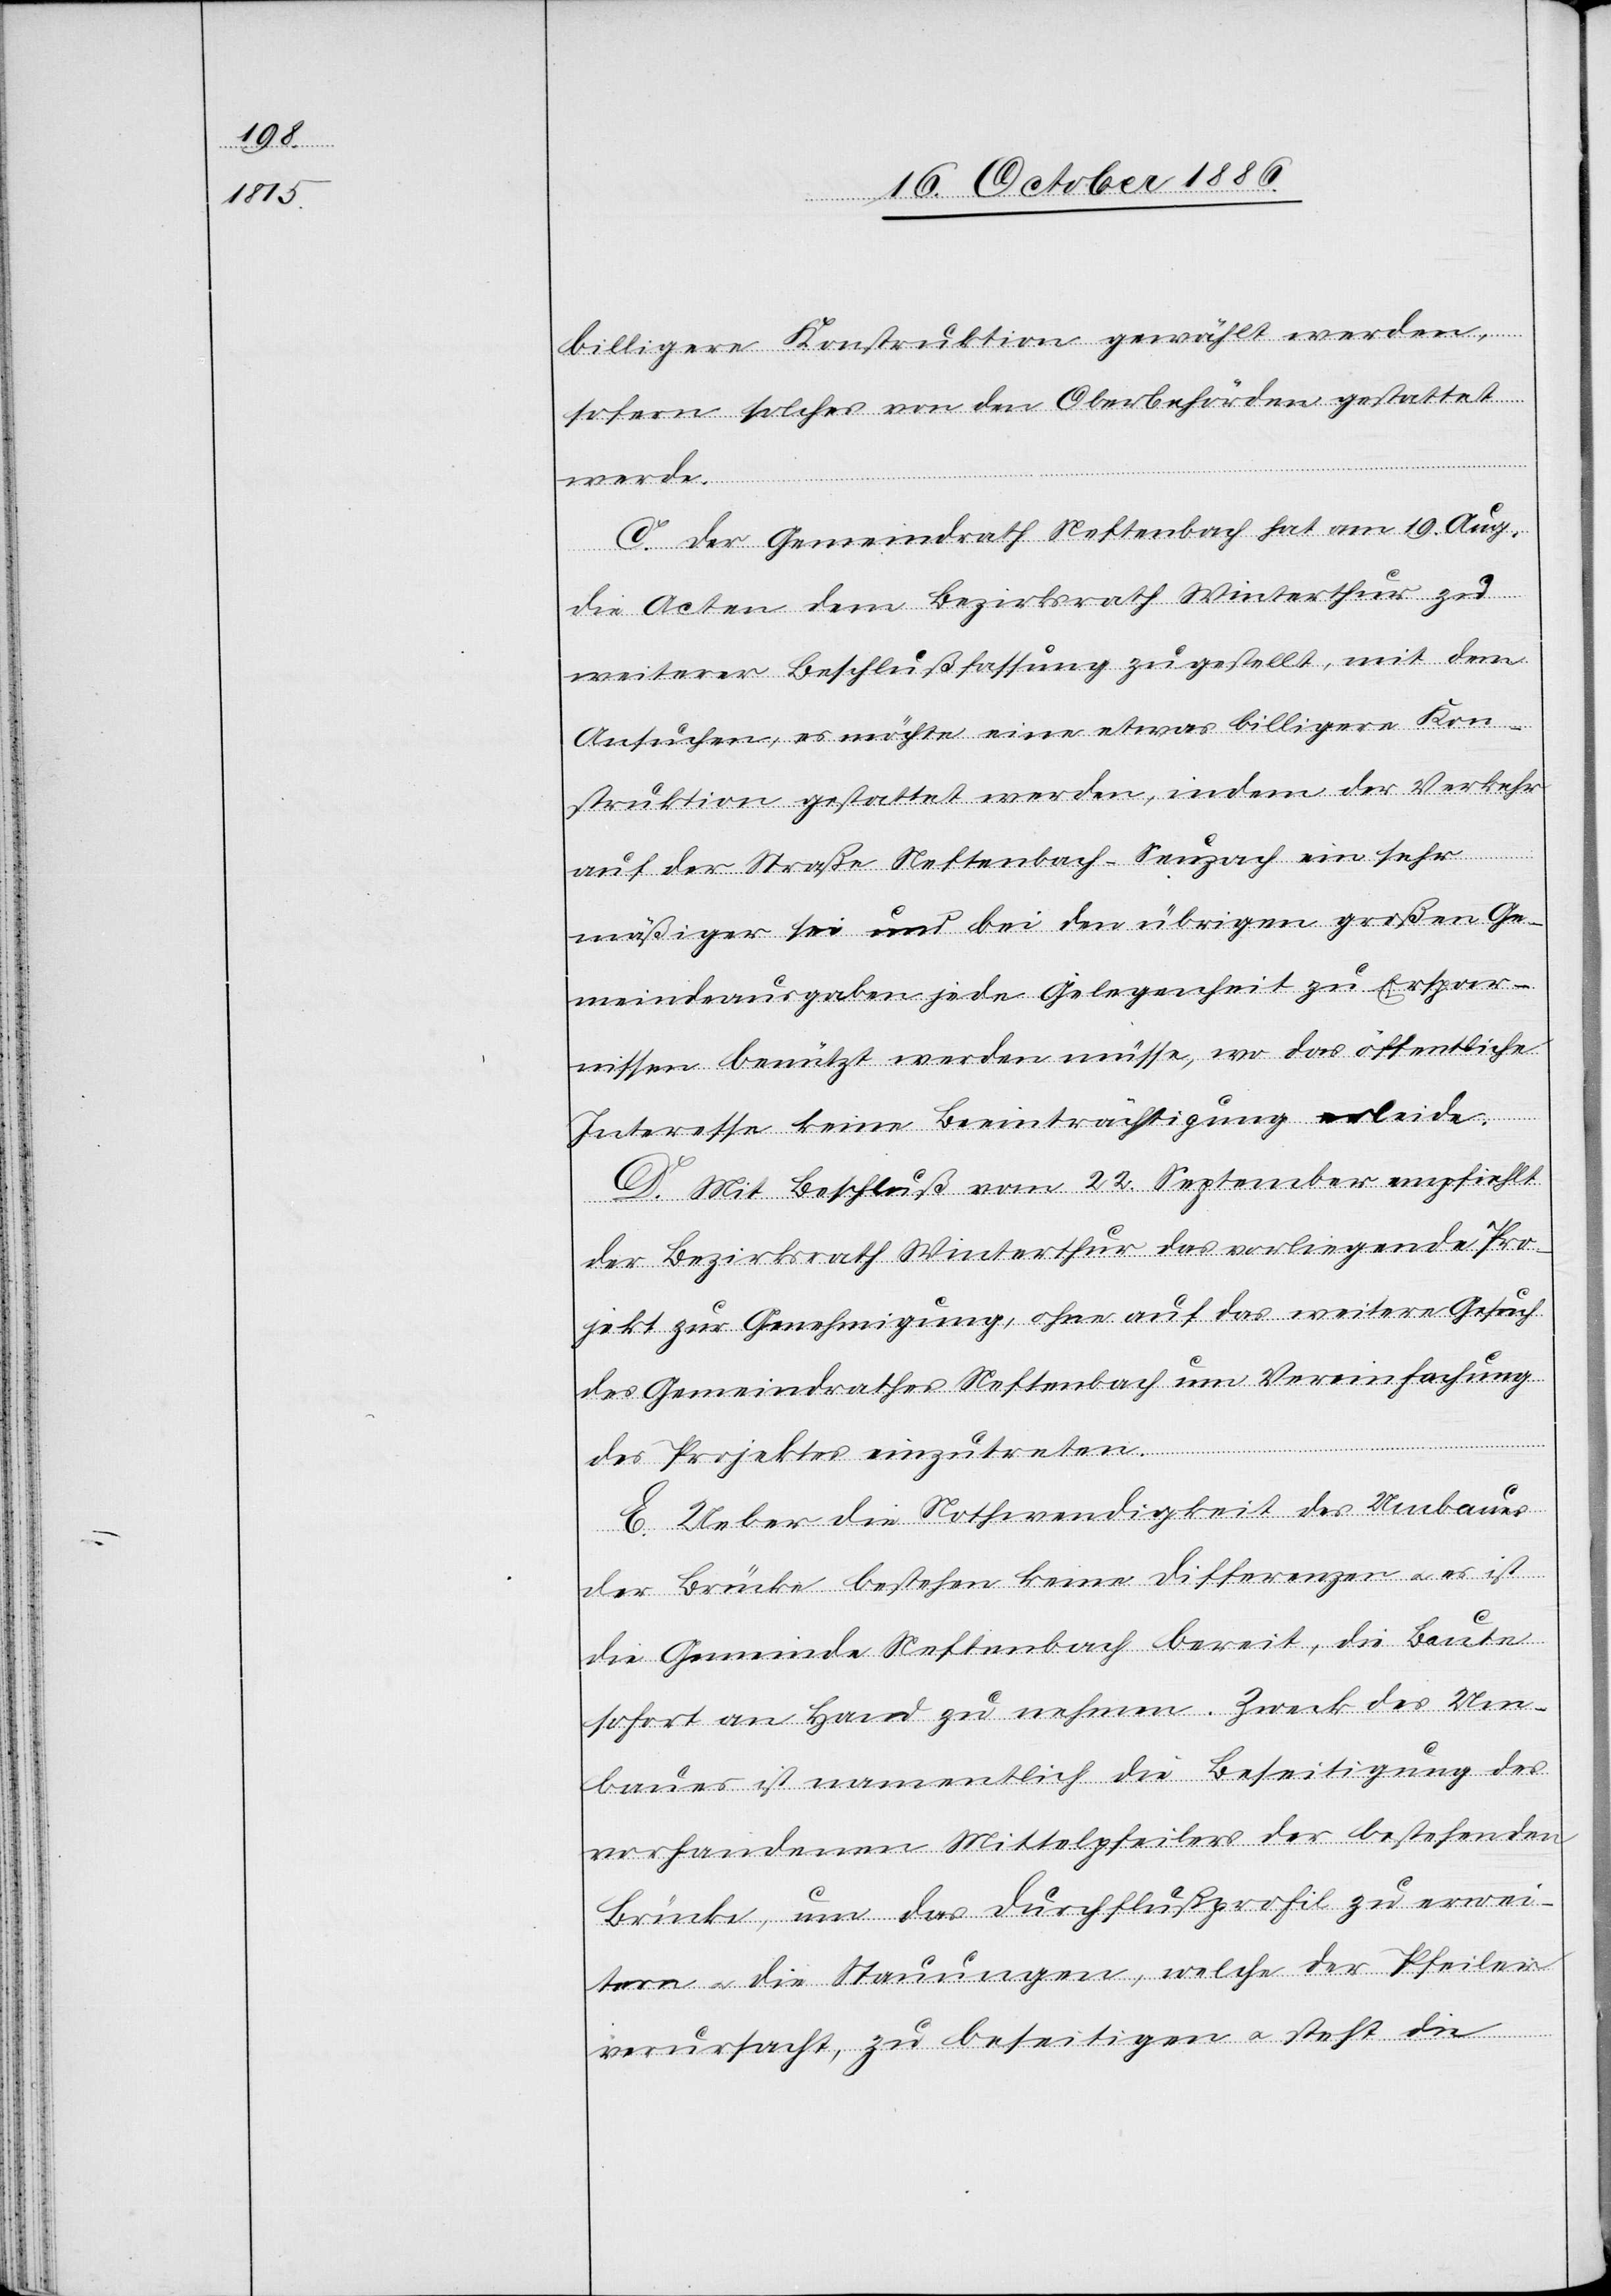
billigere Konstruktion gewählt werden,
sofern solches von den Oberbehörden gestattet
werde.
C. Der Gemeindrath Neftenbach hat am 19. Aug.
die Acten dem Bezirksrath Winterthur zu
weiterer Beschlußfassung zugestellt, mit dem
Ansuchen, es möchte eine etwas billigere Kon¬
struktion gestattet werden, indem der Verkehr
auf der Straße Neftenbach–Seuzach ein sehr
mäßiger sei und bei den übrigen großen Ge¬
meindeausgaben jede Gelegenheit zu Erspar¬
nissen benützt werden müsse, wo das öffentliche
Interesse keine Beeinträchtigung erleide.
D. Mit Beschluß vom 22. September empfiehlt
der Bezirksrath Winterthur das vorliegende Pro¬
jekt zur Genehmigung, ohne auf das weitere Gesuch
des Gemeindrathes Neftenbach um Vereinfachung
des Projektes einzutreten.
E. Ueber die Nothwendigkeit des Umbaues
der Brücke bestehen keine Differenzen & es ist
die Gemeinde Neftenbach bereit, die Baute
sofort an Hand zu nehmen. Zweck des Um¬
baues ist namentlich die Beseitigung des
vorhandenen Mittelpfeilers der bestehenden
Brücke, um das Durchflußprofil zu erwei¬
tern & die Stauungen, welche der Pfeiler
verursacht, zu beseitigen & steht die